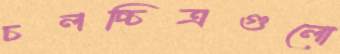
চলচ্চিত্রগুলো